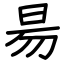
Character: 昜